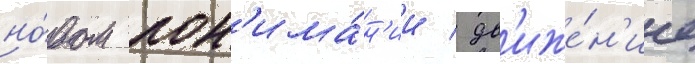
но́вом пон'има́н'ии / дв'иже́н'ие